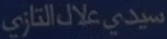
سيدي_علال_التازي